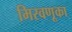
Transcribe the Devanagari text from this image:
मिरवणूका